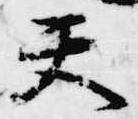
天